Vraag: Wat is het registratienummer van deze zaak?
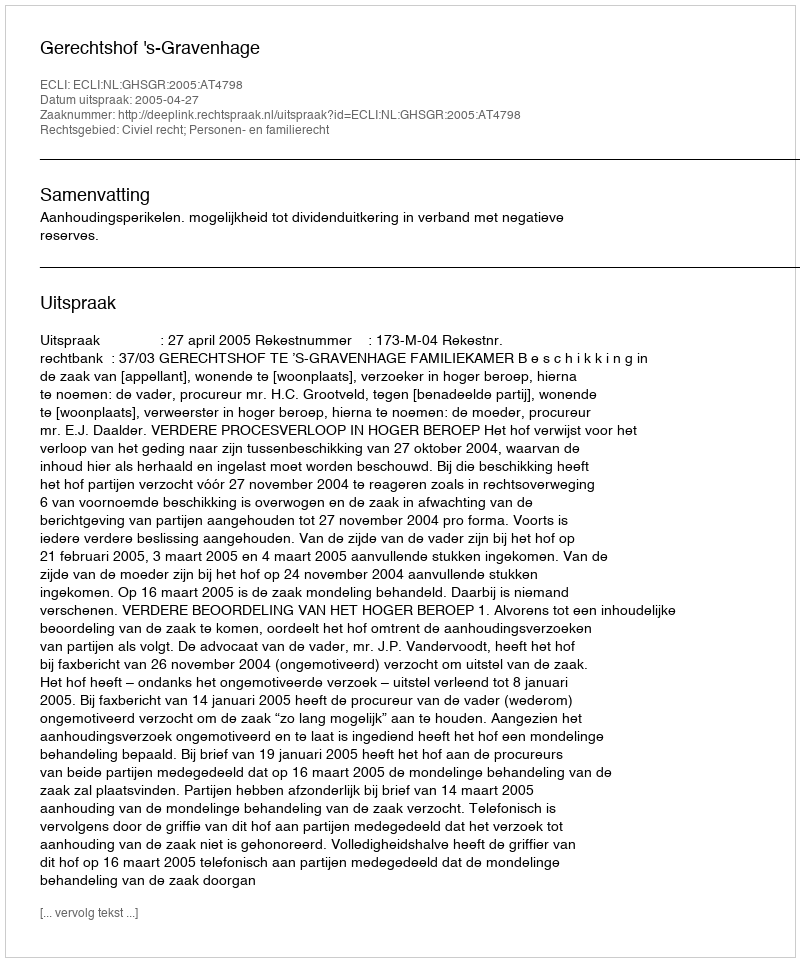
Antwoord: http://deeplink.rechtspraak.nl/uitspraak?id=ECLI:NL:GHSGR:2005:AT4798